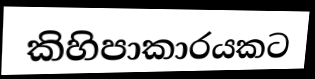
කිහිපාකාරයකට